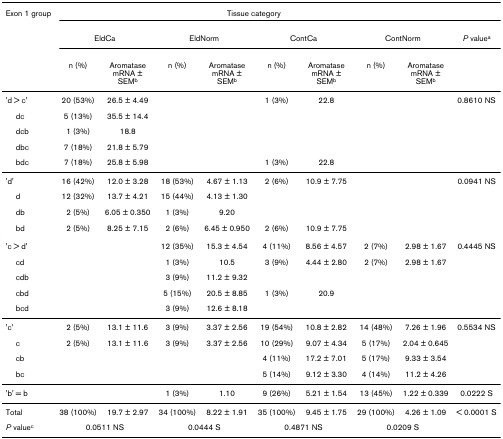
<table><thead><tr><td><b>Exon 1 group</b></td><td colspan="8"><b>Tissue category</b></td><td></td></tr><tr><td></td><td colspan="2"><b>EldCa</b></td><td colspan="2"><b>EldNorm</b></td><td colspan="2"><b>ContCa</b></td><td colspan="2"><b>ContNorm</b></td><td><b><i>P </i>value<sup>a</sup></b></td></tr><tr><td></td><td><b>n (%)</b></td><td><b>Aromatase mRNA ± SEM<sup>b</sup></b></td><td><b>n (%)</b></td><td><b>Aromatase mRNA ± SEM<sup>b</sup></b></td><td><b>n (%)</b></td><td><b>Aromatase mRNA ± SEM<sup>b</sup></b></td><td><b>n (%)</b></td><td><b>Aromatase mRNA ± SEM<sup>b</sup></b></td><td></td></tr></thead><tbody><tr><td>&#x27;d &gt; c&#x27;</td><td>20 (53%)</td><td>26.5 ± 4.49</td><td></td><td></td><td>1 (3%)</td><td>22.8</td><td></td><td></td><td>0.8610 NS</td></tr><tr><td> dc</td><td>5 (13%)</td><td>35.5 ± 14.4</td><td></td><td></td><td></td><td></td><td></td><td></td><td></td></tr><tr><td> dcb</td><td>1 (3%)</td><td>18.8</td><td></td><td></td><td></td><td></td><td></td><td></td><td></td></tr><tr><td> dbc</td><td>7 (18%)</td><td>21.8 ± 5.79</td><td></td><td></td><td></td><td></td><td></td><td></td><td></td></tr><tr><td> bdc</td><td>7 (18%)</td><td>25.8 ± 5.98</td><td></td><td></td><td>1 (3%)</td><td>22.8</td><td></td><td></td><td></td></tr><tr><td>&#x27;d&#x27;</td><td>16 (42%)</td><td>12.0 ± 3.28</td><td>18 (53%)</td><td>4.67 ± 1.13</td><td>2 (6%)</td><td>10.9 ± 7.75</td><td></td><td></td><td>0.0941 NS</td></tr><tr><td> d</td><td>12 (32%)</td><td>13.7 ± 4.21</td><td>15 (44%)</td><td>4.13 ± 1.30</td><td></td><td></td><td></td><td></td><td></td></tr><tr><td> db</td><td>2 (5%)</td><td>6.05 ± 0.350</td><td>1 (3%)</td><td>9.20</td><td></td><td></td><td></td><td></td><td></td></tr><tr><td> bd</td><td>2 (5%)</td><td>8.25 ± 7.15</td><td>2 (6%)</td><td>6.45 ± 0.950</td><td>2 (6%)</td><td>10.9 ± 7.75</td><td></td><td></td><td></td></tr><tr><td>&#x27;c &gt; d&#x27;</td><td></td><td></td><td>12 (35%)</td><td>15.3 ± 4.54</td><td>4 (11%)</td><td>8.56 ± 4.57</td><td>2 (7%)</td><td>2.98 ± 1.67</td><td>0.4445 NS</td></tr><tr><td> cd</td><td></td><td></td><td>1 (3%)</td><td>10.5</td><td>3 (9%)</td><td>4.44 ± 2.80</td><td>2 (7%)</td><td>2.98 ± 1.67</td><td></td></tr><tr><td> cdb</td><td></td><td></td><td>3 (9%)</td><td>11.2 ± 9.32</td><td></td><td></td><td></td><td></td><td></td></tr><tr><td> cbd</td><td></td><td></td><td>5 (15%)</td><td>20.5 ± 8.85</td><td>1 (3%)</td><td>20.9</td><td></td><td></td><td></td></tr><tr><td> bcd</td><td></td><td></td><td>3 (9%)</td><td>12.6 ± 8.18</td><td></td><td></td><td></td><td></td><td></td></tr><tr><td>&#x27;c&#x27;</td><td>2 (5%)</td><td>13.1 ± 11.6</td><td>3 (9%)</td><td>3.37 ± 2.56</td><td>19 (54%)</td><td>10.8 ± 2.82</td><td>14 (48%)</td><td>7.26 ± 1.96</td><td>0.5534 NS</td></tr><tr><td> c</td><td>2 (5%)</td><td>13.1 ± 11.6</td><td>3 (9%)</td><td>3.37 ± 2.56</td><td>10 (29%)</td><td>9.07 ± 4.34</td><td>5 (17%)</td><td>2.04 ± 0.645</td><td></td></tr><tr><td> cb</td><td></td><td></td><td></td><td></td><td>4 (11%)</td><td>17.2 ± 7.01</td><td>5 (17%)</td><td>9.33 ± 3.54</td><td></td></tr><tr><td> bc</td><td></td><td></td><td></td><td></td><td>5 (14%)</td><td>9.12 ± 3.30</td><td>4 (14%)</td><td>11.2 ± 4.26</td><td></td></tr><tr><td>&#x27;b&#x27; = b</td><td></td><td></td><td>1 (3%)</td><td>1.10</td><td>9 (26%)</td><td>5.21 ± 1.54</td><td>13 (45%)</td><td>1.22 ± 0.339</td><td>0.0222 S</td></tr><tr><td>Total</td><td>38 (100%)</td><td>19.7 ± 2.97</td><td>34 (100%)</td><td>8.22 ± 1.91</td><td>35 (100%)</td><td>9.45 ± 1.75</td><td>29 (100%)</td><td>4.26 ± 1.09</td><td>&lt; 0.0001 S</td></tr><tr><td><i>P </i>value<sup>c</sup></td><td colspan="2">0.0511 NS</td><td colspan="2">0.0444 S</td><td colspan="2">0.4871 NS</td><td colspan="2">0.0209 S</td><td></td></tr></tbody></table>